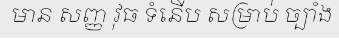
មាន សញ្ញ វុធ ទំនើប សម្រាប់ ច្បាំង